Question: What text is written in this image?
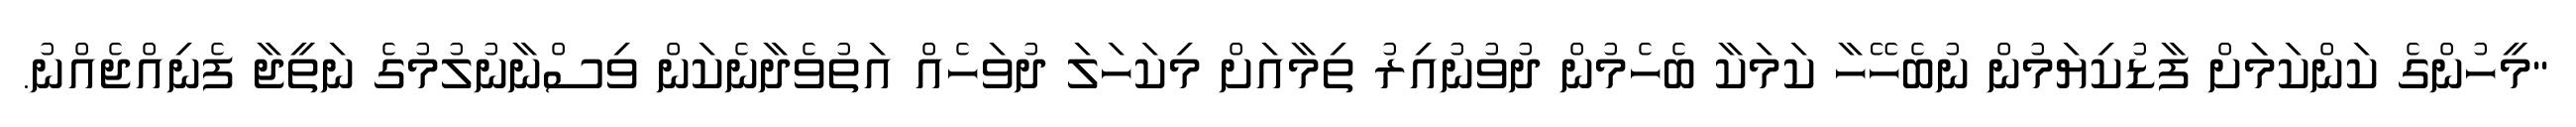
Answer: "މީހުންގެ ކަންކަމަަށް ފާޑުކިޔަމުން ނުބެހޭހާ ކަމަކާ ބެހެމުން ދުވުނުއިރު ތިމާއަށް މިކަހަލަ ދުވަހެއް އަތުވެދާނެކަން ވިސްނާނުލުމުގެ ނަތީޖާ ފެނިއްޖެއްނު.